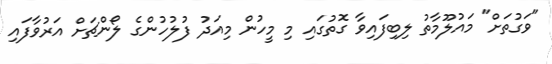
"ވަގުތަށް" މައުލޫމާތު ލިބިފައިވާ ގޮތުގައި މި މީހުން މިއަދު ފުލުހުންގެ ލޯންޗަށް އަރުވާފައި